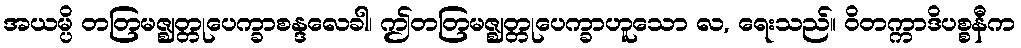
အယမ္ပိ တတြမဇ္ဈတ္တုပေက္ခာစန္ဒလေခါ၊ ဤတတြမဇ္ဈတ္တုပေက္ခာဟူသော လ, ရေးသည်။ ဝိတက္ကာဒိပစ္စနီက